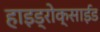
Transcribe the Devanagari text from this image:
हाइड्रोक्साईड